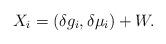
LaTeX: \begin{align*}X_i=(\delta g_i,\delta\mu_i)+W.\end{align*}